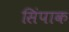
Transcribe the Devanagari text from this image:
सिंपाक